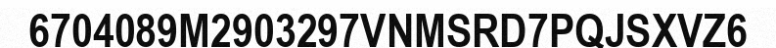
6704089M2903297VNMSRD7PQJSXVZ6